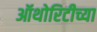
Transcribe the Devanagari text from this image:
ऑथोरिटीच्या